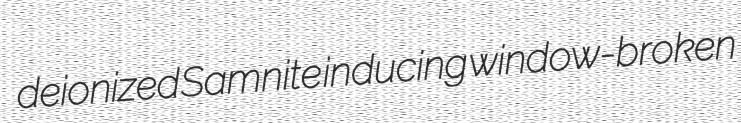
deionized Samnite inducing window-broken